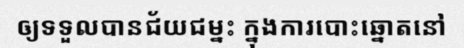
ឲ្យទទួលបានជ័យជម្នះ ក្នុងការបោះឆ្នោតនៅ